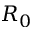
R _ { 0 }